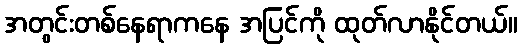
အတွင်းတစ်နေရာကနေ အပြင်ကို ထုတ်လာနိုင်တယ်။